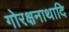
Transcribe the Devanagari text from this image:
गोरक्षनाथादि